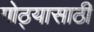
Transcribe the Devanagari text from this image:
गोठ्यासाठी